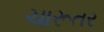
ચારૂતર